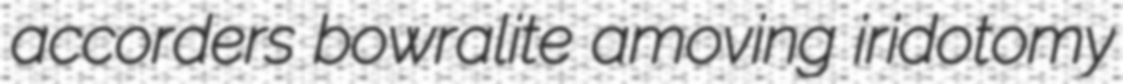
accorders bowralite amoving iridotomy